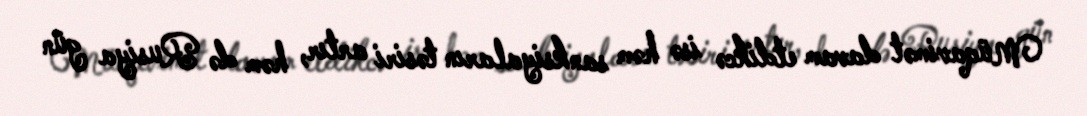
Müqavimət davam etdikcə isə həm sanksiyaların təsiri artır, həm də Rusiya gün